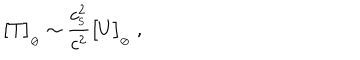
LaTeX: \big [ T \big ] _ { _ { \oslash } } \sim { \frac { c _ { _ \mathrm { S } } ^ { 2 } } { c ^ { 2 } } } \big [ U \big ] _ { _ { \oslash } } \ ,